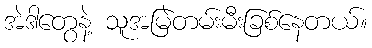
အဲဒါတွေနဲ့ သူအမြဲတမ်းမီးခြစ်နေတယ်။